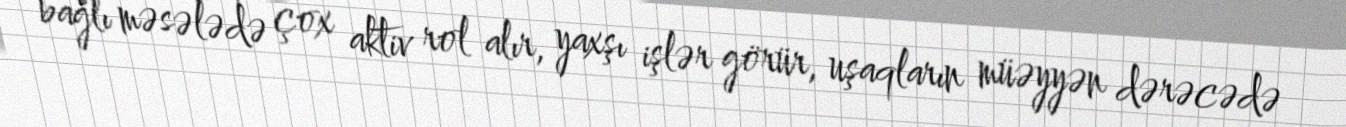
bağlı məsələdə çox aktiv rol alır, yaxşı işlər görür, uşaqların müəyyən dərəcədə